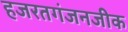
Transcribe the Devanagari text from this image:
हजरतगंजनजीक